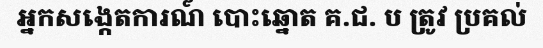
អ្នកសង្កេតការណ៍ បោះឆ្នោត គ.ជ. ប ត្រូវ ប្រគល់